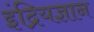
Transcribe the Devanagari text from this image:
इंद्रियज्ञान